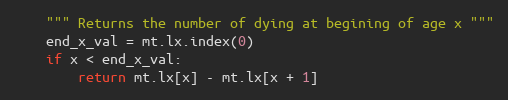
Language: Python
    """ Returns the number of dying at begining of age x """
    end_x_val = mt.lx.index(0)
    if x < end_x_val:
        return mt.lx[x] - mt.lx[x + 1]